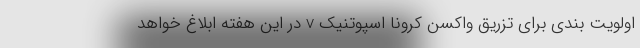
اولویت بندی برای تزریق واکسن کرونا اسپوتنیک v در این هفته ابلاغ خواهد